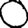
Digit: 0